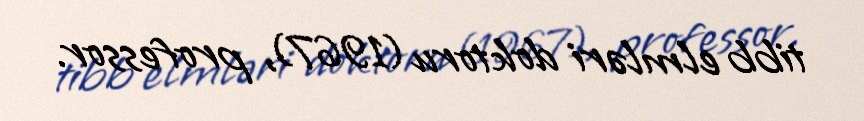
tibb elmləri doktoru (1967), professor.